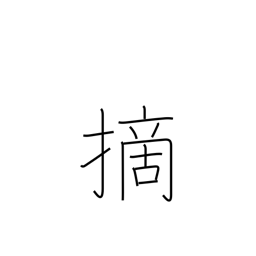
Meaning: clip